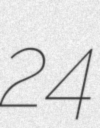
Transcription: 24